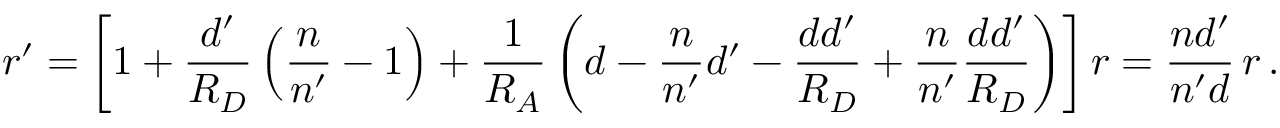
\boldsymbol r ^ { \prime } = \left[ 1 + { \frac { d ^ { \prime } } { R _ { D } } } \left( { \frac { n } { n ^ { \prime } } } - 1 \right) + { \frac { 1 } { R _ { A } } } \left( d - { \frac { n } { n ^ { \prime } } } d ^ { \prime } - { \frac { d d ^ { \prime } } { R _ { D } } } + { \frac { n } { n ^ { \prime } } } { \frac { d d ^ { \prime } } { R _ { D } } } \right) \right] \boldsymbol r = { \frac { n d ^ { \prime } } { n ^ { \prime } d } } \, \boldsymbol r \, .